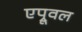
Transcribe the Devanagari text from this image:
एप्रूवल